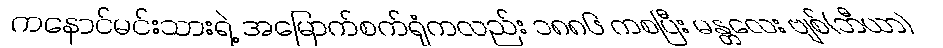
ကနောင်မင်းသားရဲ့ အမြောက်စက်ရုံကလည်း ၁၈၈၆ ကစပြီး မန္တလေး ဗျစ်(ဘီယာ)